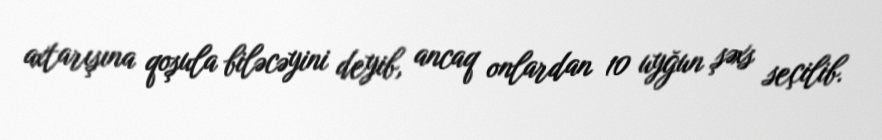
axtarışına qoşula biləcəyini deyib, ancaq onlardan 10 uyğun şəxs seçilib.